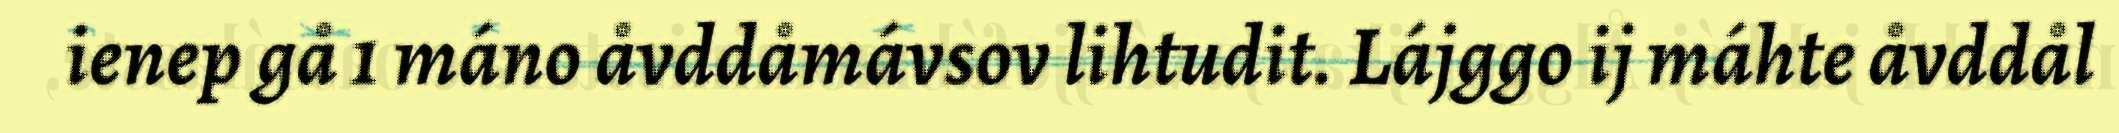
ienep gå 1 máno åvddåmávsov lihtudit. Lájggo ij máhte åvddål